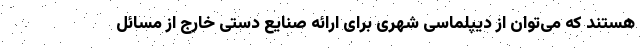
هستند که می‌توان از دیپلماسی شهری برای ارائه صنایع دستی خارج از مسائل